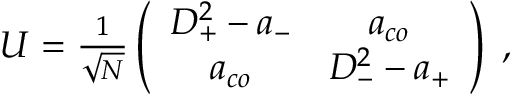
\begin{array} { r } { U = \frac { 1 } { \sqrt { N } } \left( \begin{array} { c c } { D _ { + } ^ { 2 } - a _ { - } } & { a _ { c o } } \\ { a _ { c o } } & { D _ { - } ^ { 2 } - a _ { + } } \end{array} \right) \; , } \end{array}